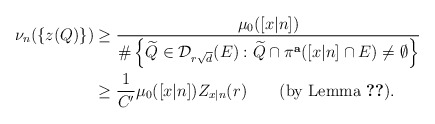
\begin{align*}\nu_n(\{z(Q)\}) &\geq \frac{\mu_0([x |n])}{\#\left\{\widetilde{Q}\in \mathcal{D}_{r\sqrt{d}}(E): \widetilde{Q}\cap\pi^{\mathbf{a}}([x |n]\cap E)\neq \emptyset \right\}}\\&\geq \frac{1}{C'}\mu_0([x |n])Z_{x |n}(r)\qquad\mbox{(by Lemma \ref{lem-ae})}.\end{align*}